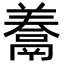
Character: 𩱁